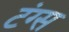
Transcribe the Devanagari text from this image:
टंग्स